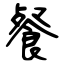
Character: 餐